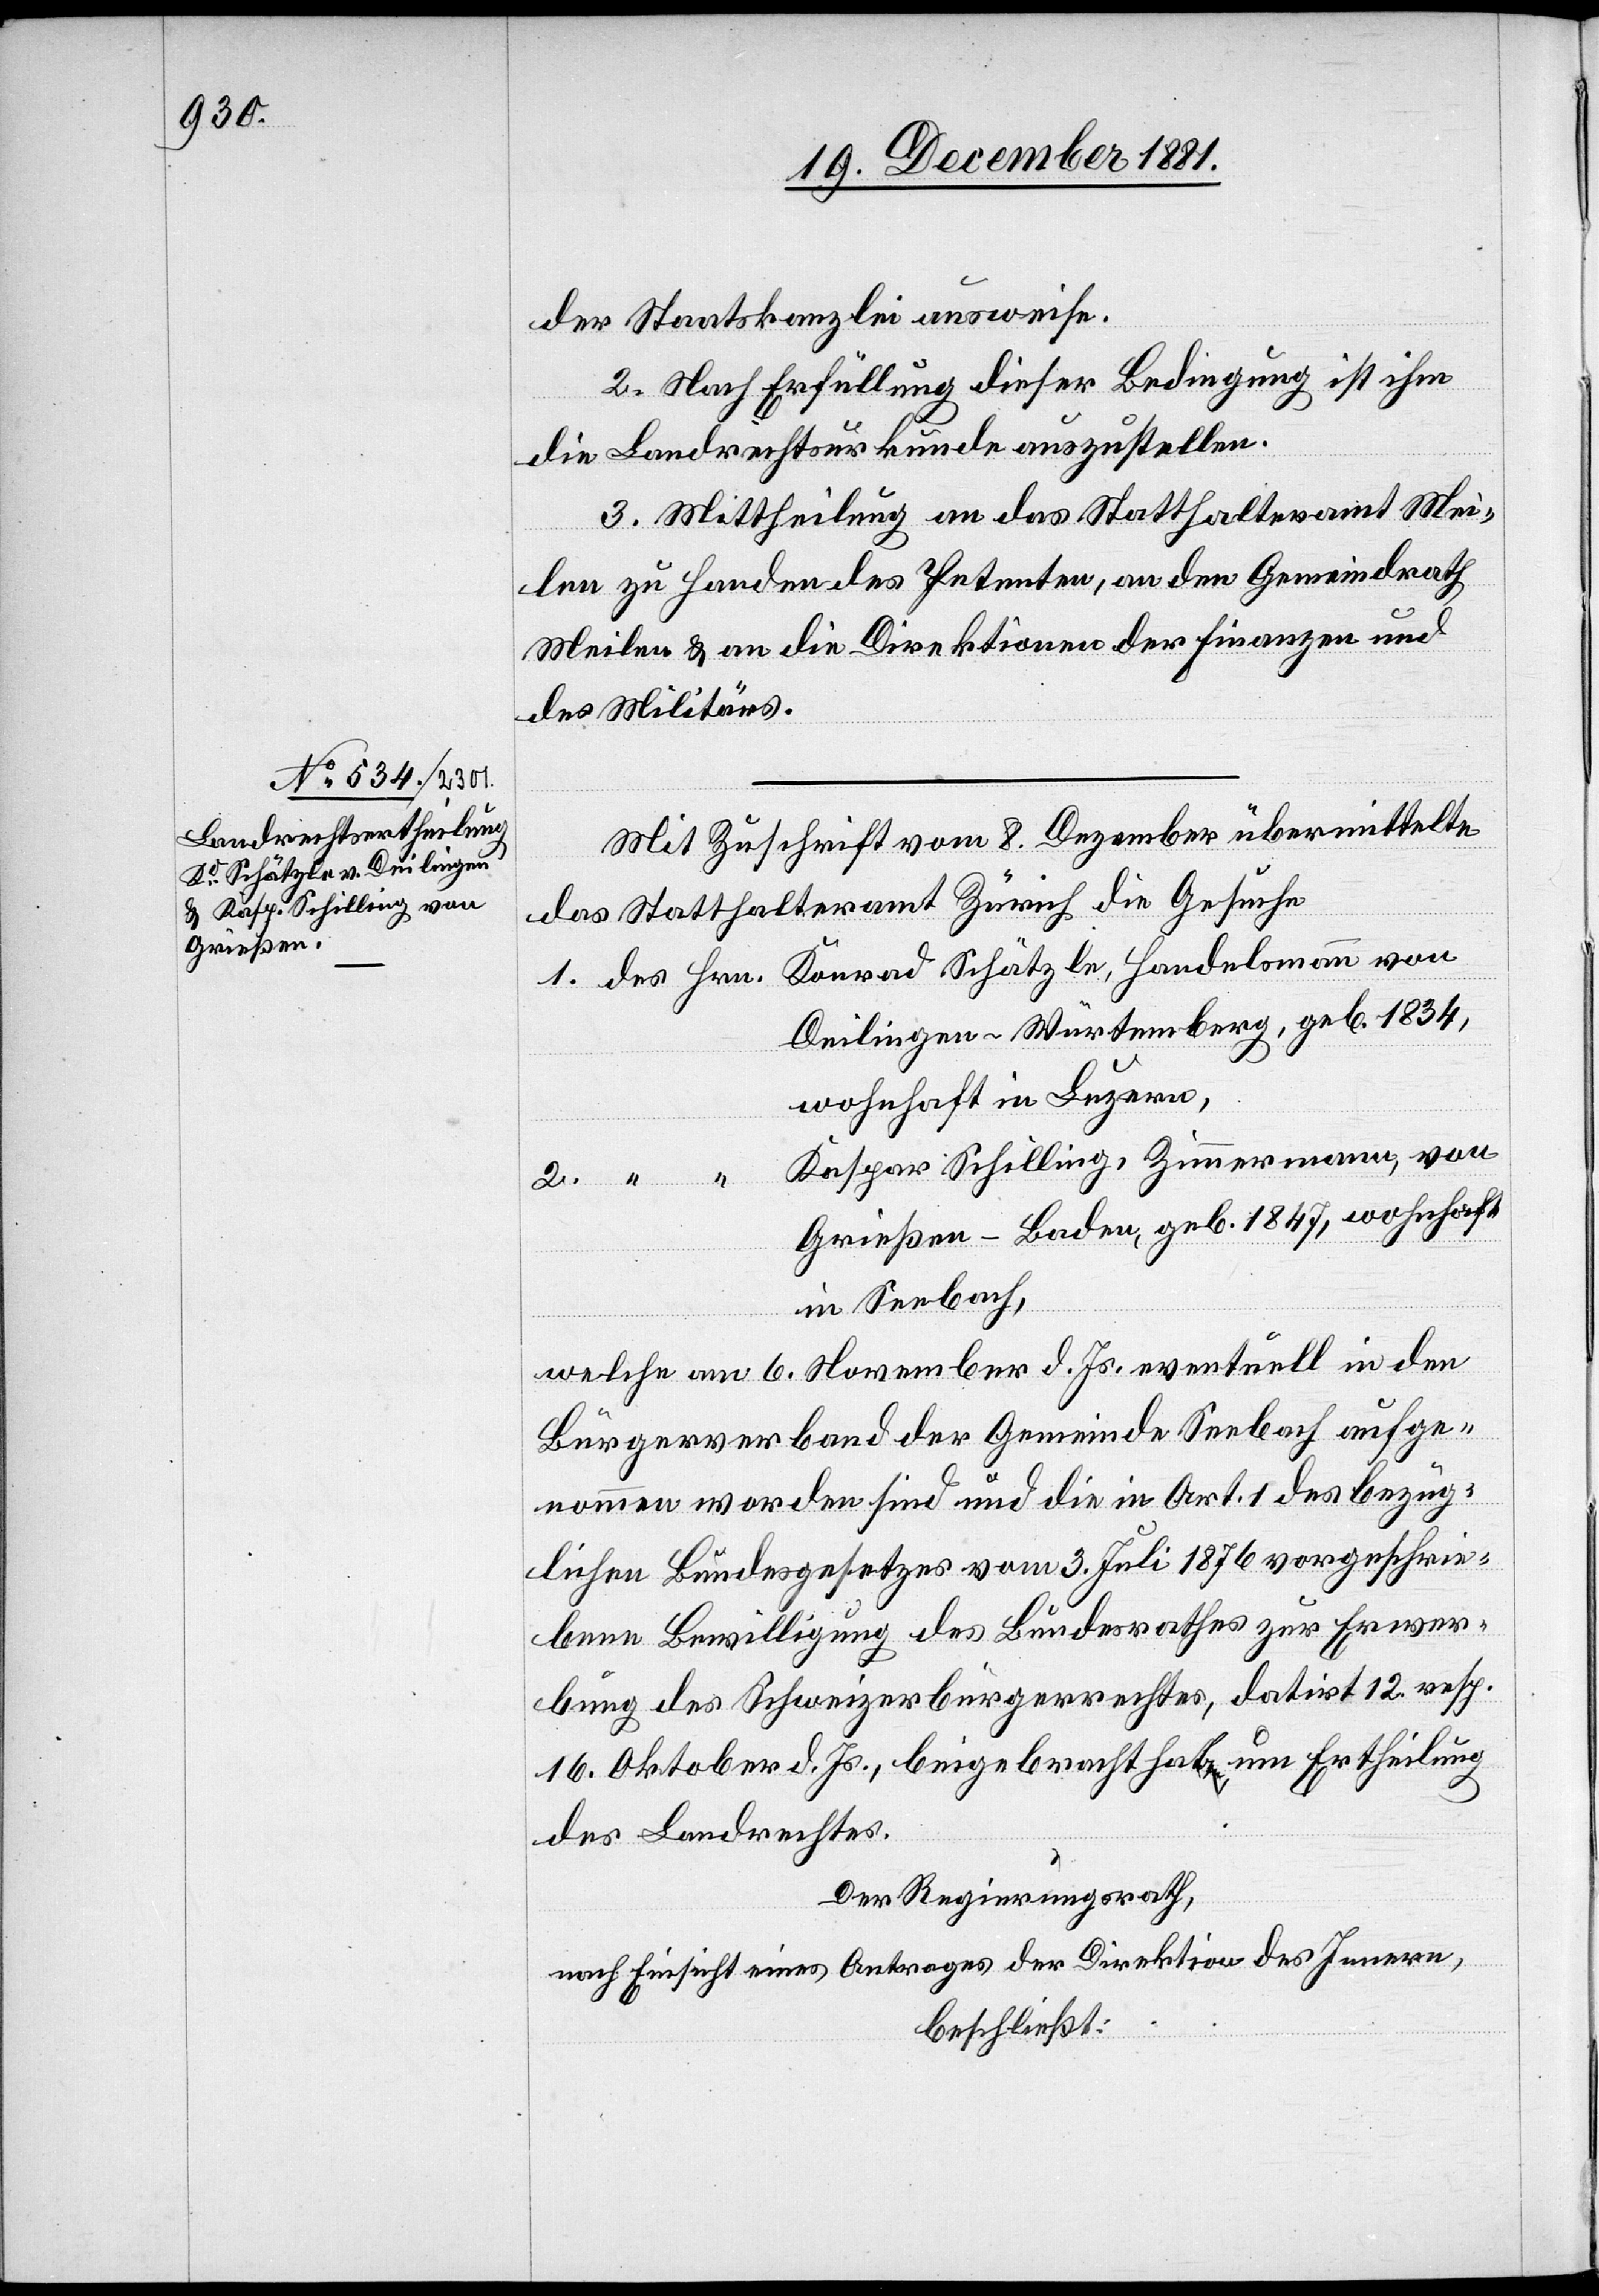
der Staatskanzlei ausweise.
2. Nach Erfüllung dieser Bedingung ist ihm
1.
die Landrechturkunde auszustellen.
3. Mittheilung an das Statthalteramt Mei¬
len zu Handen des Petenten, an den Gemeindrath
Meilen & an die Direktionen der Finanzen und
des Militärs.
Mit Zuschrift vom 8. Dezember übermittelte
das Statthalteramt Zürich die Gesuche
Deilingen - Würtemberg, geb. 1834,
wohnhaft in Luzern,
2.
Kaspar Schilling, Zimmermann, von
Grießen - Baden, geb. 1847, wohnhaft
in Seebach,
welche am 6. November d. Js. eventuell in den
Bürgerverband der Gemeinde Seebach aufge¬
nommen worden sind und die in Art. 1 des bezüg¬
lichen Bundesgesetzes vom 3. Juli 1876 vorgeschrie¬
bene Bewilligung des Bundesrathes zur Erwer¬
bung des Schweizerbürgerrechtes, datirt 12. resp.
16. Oktober d. Js., beigebracht haben um Ertheilung
des Landrechtes.
Der Regierungsrath,
nach Einsicht eines Antrages der Direktion des Innern,
beschließt: